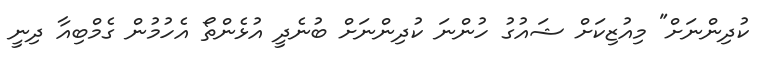
ކުދިންނަށް" މިއުޒިކަށް ޝައުގު ހުންނަ ކުދިންނަށް ބުނެދީ އުޅެންތޯ އެހުމުން ގެމްބިއާ ދިނީ